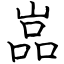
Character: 嵓